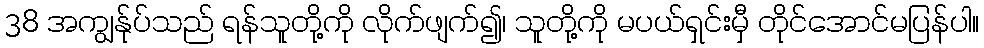
38 အကျွန်ုပ်သည် ရန်သူတို့ကို လိုက်ဖျက်၍၊ သူတို့ကို မပယ်ရှင်းမှီ တိုင်အောင်မပြန်ပါ။